Malaria in the Punjab - Number 46
Disease focus: Malaria
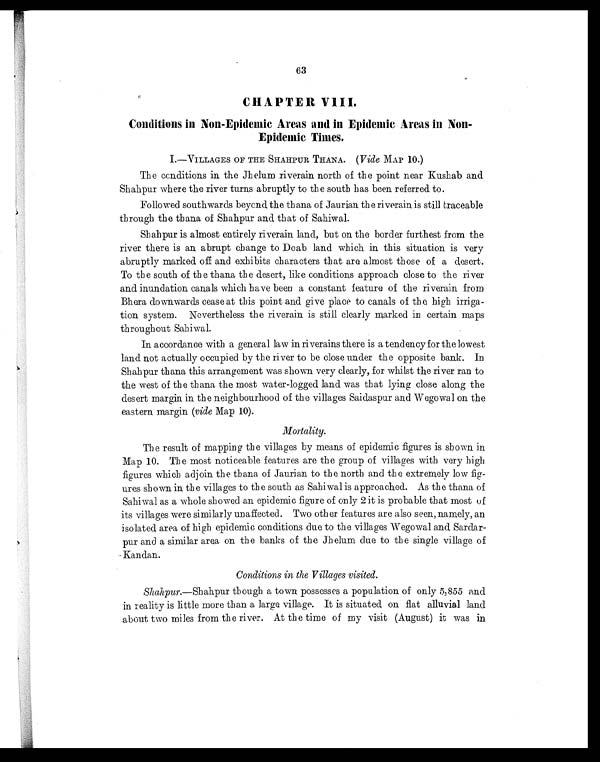
63
CHAPTER VIII.
Conditions in Non-Epidemic Areas and in Epidemic Areas in Non-
Epidemic Times.
I.—VILLAGES OF THE SHAHPUR THANA. (Vide MAP 10.)
The conditions in the Jhelum riverain north of the point near Kushab and
Shahpur where the river turns abruptly to the south has been referred to.
Followed southwards beyond the thana of Jaurian the riverain is still traceable
through the thana of Shahpur and that of Sahiwal.
Shahpur is almost entirely riverain land, but on the border furthest from the
river there is an abrupt change to Doab land which in this situation is very
abruptly marked off and exhibits characters that are almost those of a desert.
To the south of the thana the desert, like conditions approach close to the river
and inundation canals which have been a constant feature of the riverain from
Bhera downwards cease at this point and give place to canals of the high irriga-
tion system. Nevertheless the riverain is still clearly marked in certain maps
through out Sahiwal.
In accordance with a general law in riverains there is a tendency for the lowest
land not actually occupied by the river to be close under the opposite bank. In
Shahpur thana this arrangement was shown very clearly, for whilst the river ran to
the west of the thana the most water-logged land was that lying close along the
desert margin in the neighbourhood of the villages Saidaspur and Wegowal on the
eastern margin (vide Map 10).
Mortality.
The result of mapping the villages by means of epidemic figures is shown in
Map 10. The most noticeable features are the group of villages with very high
figures which adjoin the thana of Jaurian to the north and the extremely low fig-
ures shown. in the villages to the south as Sahiwal is approached. As the thana of
Sahiwal as a whole showed an epidemic figure of only 2 it is probable that most of
its villages were similarly unaffected. Two other features are also seen, namely, an
isolated area of high epidemic conditions due to the villages Wegowal and Sardar-
pur and a similar area on the banks of the Jhelum due to the single village of
Kandan.
Conditions in the Villages visited.
Shahpur.—Shahpur though a town possesses a population of only 5,855 and
in reality is little more than a largo village. It is situated on flat alluvial land
about two miles from the river. At the time of my visit (August) it was in